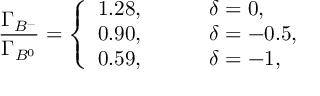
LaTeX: { \frac { \Gamma _ { B ^ { - } } } { \Gamma _ { B ^ { 0 } } } } = \left\{ \begin{array} { l l } { { 1 . 2 8 , \; \; \; \; \; \; \; \; } } & { { \delta = 0 , } } \\ { { 0 . 9 0 , \; \; \; \; \; \; \; \; } } & { { \delta = - 0 . 5 , } } \\ { { 0 . 5 9 , } } & { { \delta = - 1 , } } \end{array} \right.